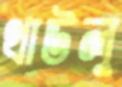
থাউলু